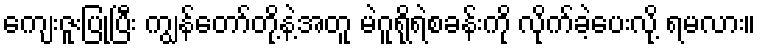
ကျေးဇူးပြုပြီး ကျွန်တော်တို့နဲ့အတူ မဲဂူရိုရဲစခန်းကို လိုက်ခဲ့ပေးလို့ ရမလား။